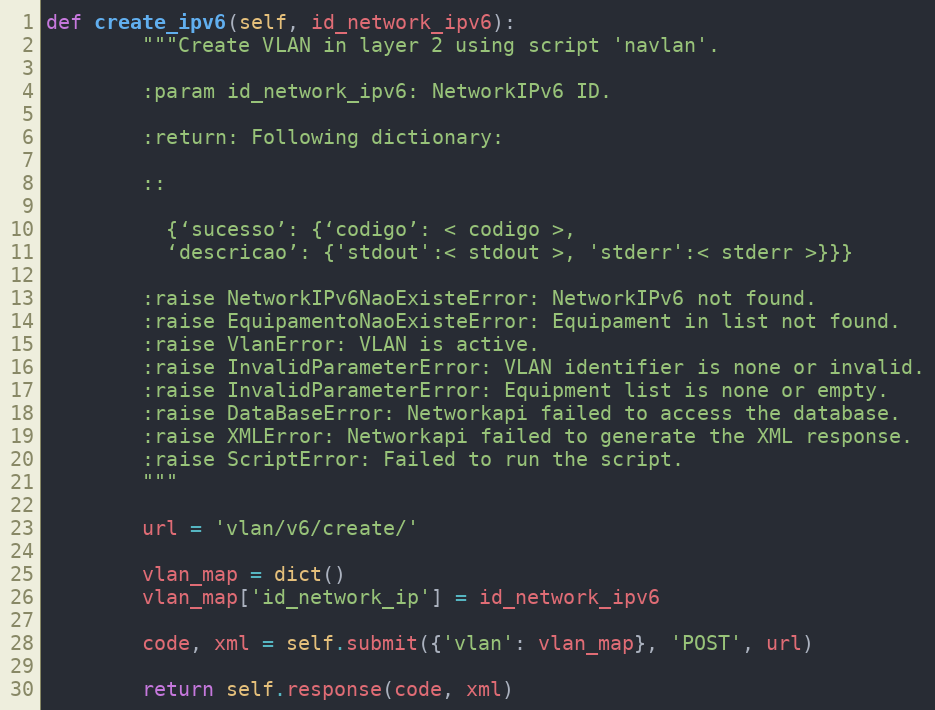
Language: Python
def create_ipv6(self, id_network_ipv6):
        """Create VLAN in layer 2 using script 'navlan'.

        :param id_network_ipv6: NetworkIPv6 ID.

        :return: Following dictionary:

        ::

          {‘sucesso’: {‘codigo’: < codigo >,
          ‘descricao’: {'stdout':< stdout >, 'stderr':< stderr >}}}

        :raise NetworkIPv6NaoExisteError: NetworkIPv6 not found.
        :raise EquipamentoNaoExisteError: Equipament in list not found.
        :raise VlanError: VLAN is active.
        :raise InvalidParameterError: VLAN identifier is none or invalid.
        :raise InvalidParameterError: Equipment list is none or empty.
        :raise DataBaseError: Networkapi failed to access the database.
        :raise XMLError: Networkapi failed to generate the XML response.
        :raise ScriptError: Failed to run the script.
        """

        url = 'vlan/v6/create/'

        vlan_map = dict()
        vlan_map['id_network_ip'] = id_network_ipv6

        code, xml = self.submit({'vlan': vlan_map}, 'POST', url)

        return self.response(code, xml)